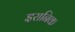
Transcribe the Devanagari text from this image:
इरानिक